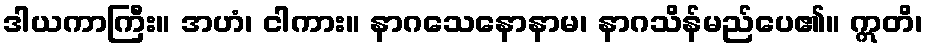
ဒါယကာကြီး။ အဟံ၊ ငါကား။ နာဂသေနောနာမ၊ နာဂသိန်မည်ပေ၏။ ဣတိ၊